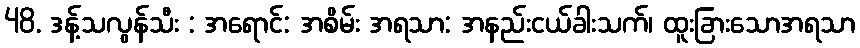
48. ဒန့်သလွန်သီး : အရောင်: အစိမ်း အရသာ: အနည်းငယ်ခါးသက်၊ ထူးခြားသောအရသာ